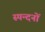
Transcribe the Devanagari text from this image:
स्पन्दनों